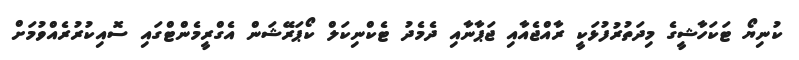
ކުނިޔޯ ޓަކަހާޝީގެ މިދަތުރުފުޅަކީ ރާއްޖެއާއި ޖަޕާނާއި ދެމެދު ޓެކްނިކަލް ކޯޕަރޭޝަން އެގްރީމެންޓްގައި ސޮއިކުރުރެއްވުމަށް